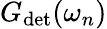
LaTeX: G_{\mathrm{det}}(\omega_{n})